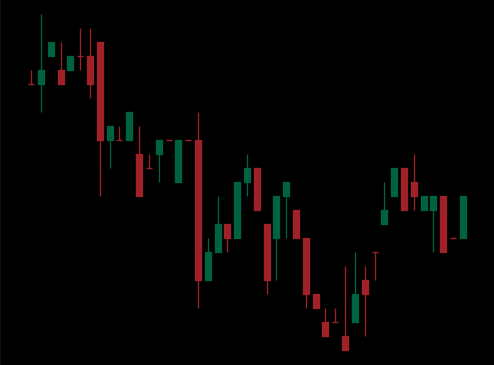
Pattern: bull_flag